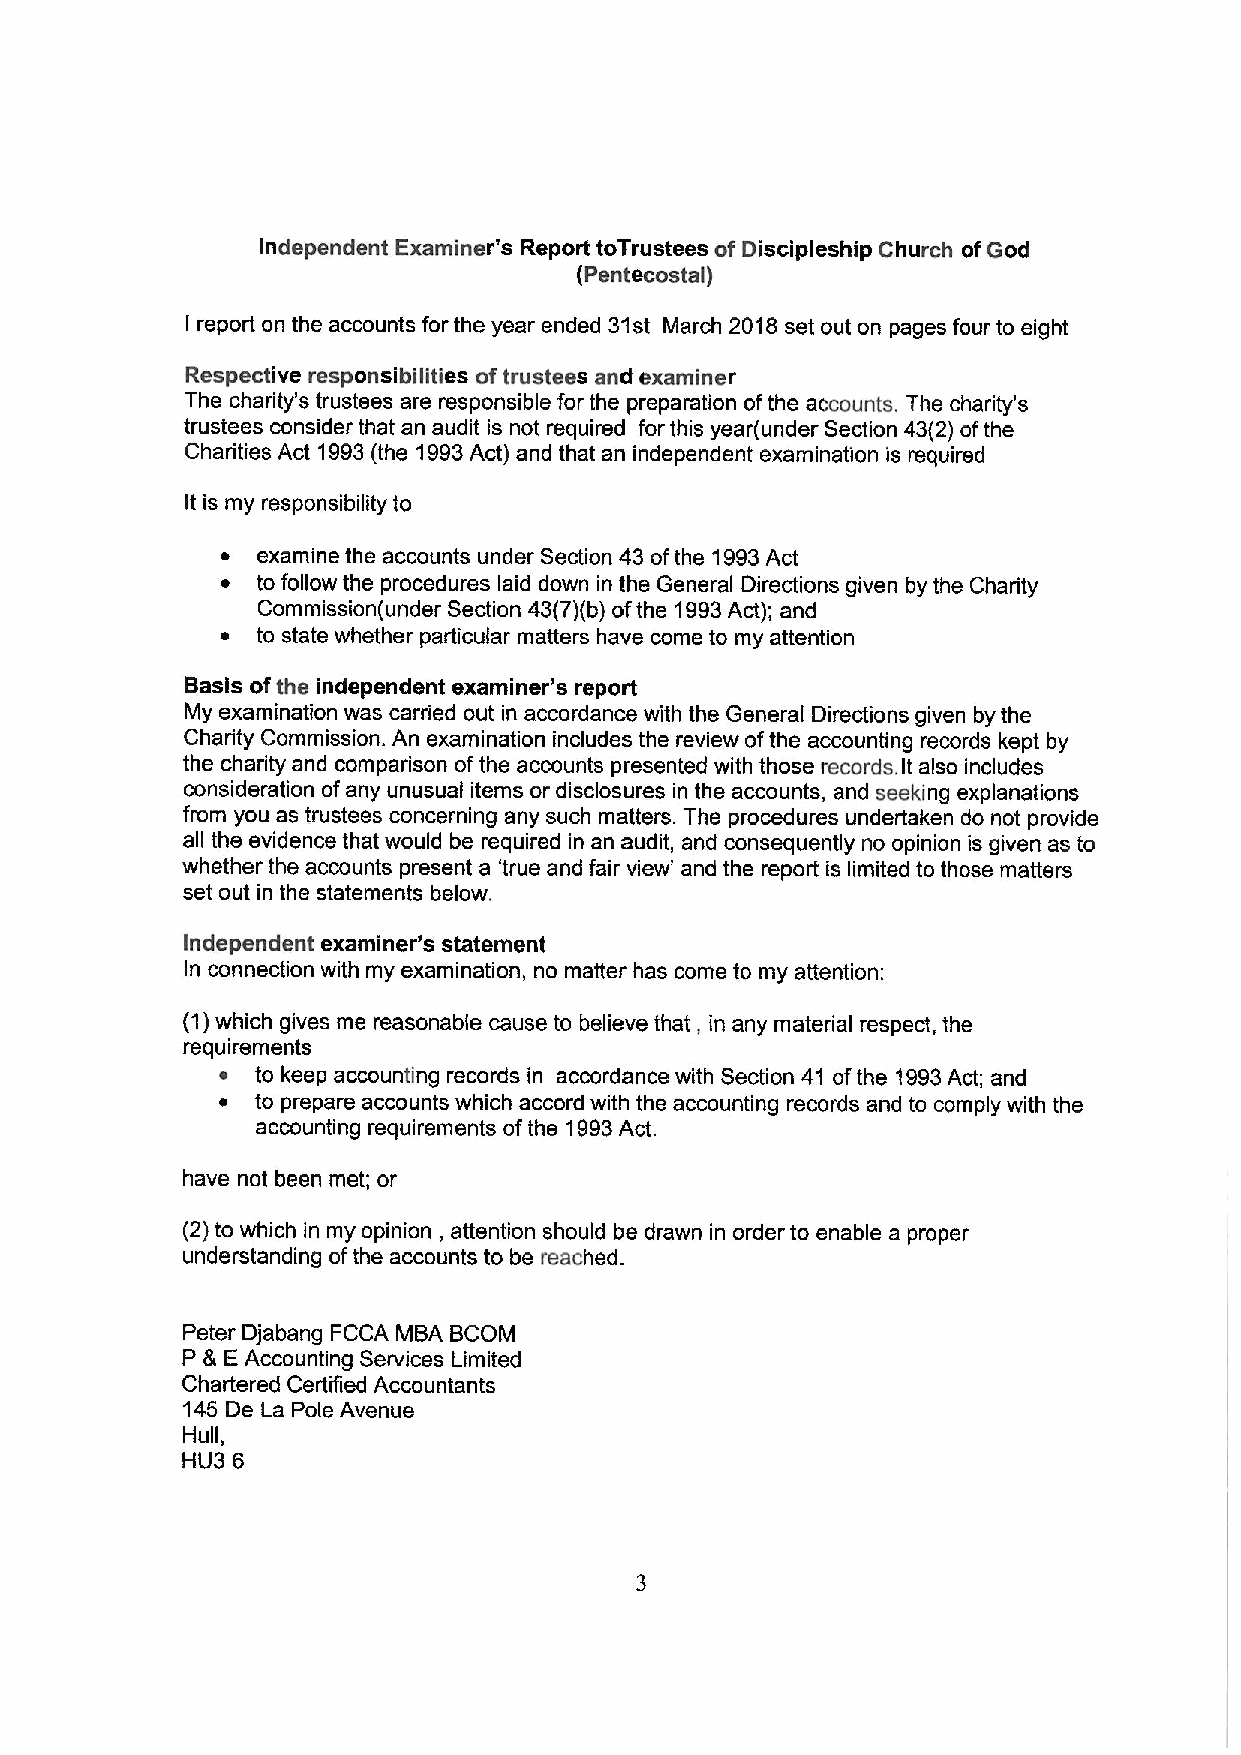
Independent Examiner's Report toTrustees of Discipleship Church ofGod
 (Pentecostal)
 I report on the accounts for the year ended 31st March 2018set out on pages four to eight
 Respective responsibilities oftrustees and examiner
 The charity's trustees are responsible for the preparation ofthe accounts. The charity's
 trustees consider that an audit is not required for this year(under Section 43(2) ofthe
 Charities Act 1993(the 1993Act) and that an independent examination is required
 It is my responsibility to
 ~ examine the accounts under Section 43 ofthe 1993Act
 ~ to follow the procedures laid down in the General Directions given by the Charity
 Commission(under Section 43(7)(b) ofthe 1993Act); and
 ~ to state whether particular matters have come to my attention
 Basis ofthe independent examiner's report
 My examination was carried out in accordance with the General Directions given by the
 Charity Commission. An examination includes the review ofthe accounting records kept by
 the charity and comparison ofthe accounts presented with those records. It also includes
 consideration ofany unusual items or disclosures in the accounts, and seeking explanations
 from you as trustees concerning any such matters. The procedures undertaken do not provide
 all the evidence that would be required in an audit, and consequently no opinion is given as to
 whether the accounts present a 'true and fair view' and the report is limited to those matters
 set out in the statements below.
 Independent examiner's statement
 In connection with my examination, no matter has come to my attention:
 (1)which gives me reasonable cause to believe that, in any material respect, the
 requirements
 ~  to keep accounting records in accordance with Section 41 ofthe 1993Act; and
 ~  to prepare accounts which accord with the accounting records and to comply with the
 accounting requirements ofthe 1993Act.
 have not been met; or
 (2)to which in my opinion, attention should be drawn in order to enable a proper
 understanding ofthe accounts to be reached.
 Peter Djabang FCCA MBA BCOM
 P 8 EAccounting Services Limited
 Chartered Certified Accountants
 145 De La Pole Avenue
 Hull,
 HLI3 6